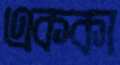
এককা